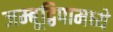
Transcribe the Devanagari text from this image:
जम्बूद्विपामध्ये